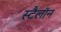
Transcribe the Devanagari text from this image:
स्टैलॉन